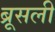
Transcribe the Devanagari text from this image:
ब्रूसली